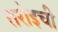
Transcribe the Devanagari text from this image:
तरोइची